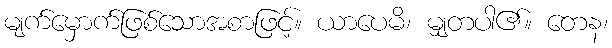
မျက်မှောက်ဖြစ်သောအစာဖြင့်။ ယာပေမိ၊ မျှတပါ၏။ တေန၊